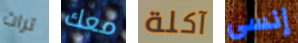
تراث معك آكلة إنسى